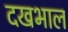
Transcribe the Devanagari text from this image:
दखभाल